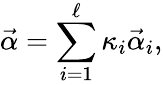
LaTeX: \vec{\alpha}=\sum_{i=1}^{\ell}{\kappa}_{i}\vec{\alpha}_{i},